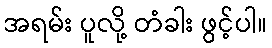
အရမ်း ပူလို့ တံခါး ဖွင့်ပါ။